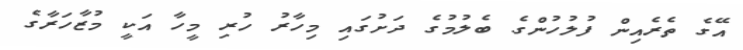
އޭގެ ތެރެއިން ފުލުހުންގެ ބެލުމުގެ ދަށުގައި މިހާރު ހުރި މީހާ އަކީ މުޒާހަރާގެ